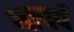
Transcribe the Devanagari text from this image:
थावर्ष